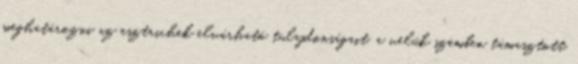
meghatározni az esztrichek elvárható tulajdonságait, a velük szemben támasztott